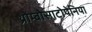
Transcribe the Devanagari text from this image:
थ्रोम्बोसाटोपेनिया